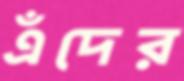
এঁদের